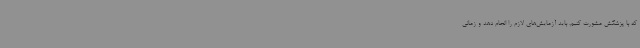
که با پزشکش مشورت کنیم. باید آزمایش‌های لازم را انجام دهد و زمانی